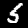
Label: 5